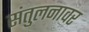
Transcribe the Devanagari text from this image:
संतुलनावर